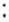
: